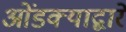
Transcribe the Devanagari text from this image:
ओंडक्याद्वारे